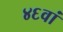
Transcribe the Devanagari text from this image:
४६वां